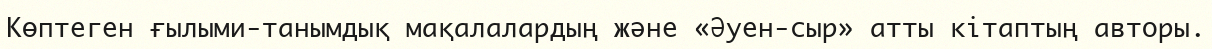
Көптеген ғылыми-танымдық мақалалардың және «Әуен-сыр» атты кітаптың авторы.